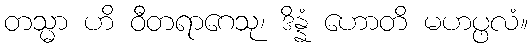
တသ္မာ ဟိ ဝီတရာဂေသု၊ ဒိန္နံ ဟောတိ မဟပ္ဖလံ။